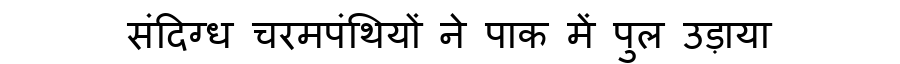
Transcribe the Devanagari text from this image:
संदिग्ध चरमपंथियों ने पाक में पुल उड़ाया